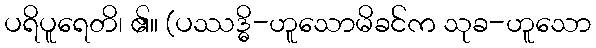
ပရိပူရေတိ၊ ၏။ (ပဿဒ္ဓိ-ဟူသောမိခင်က သုခ-ဟူသော